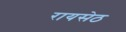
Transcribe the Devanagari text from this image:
रायसेठ